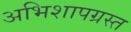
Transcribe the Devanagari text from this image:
अभिशापग्रस्त